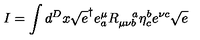
I = \int d ^ { D } x \sqrt { e } ^ { \dagger } e _ { a } ^ { \mu } R _ { \mu \nu b } ^ { \quad a } \eta _ { c } ^ { b } e ^ { \nu c } \sqrt { e }